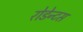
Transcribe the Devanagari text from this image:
रोडेन्टस